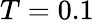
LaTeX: T=0.1